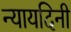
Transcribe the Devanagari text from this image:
न्यायदिनी